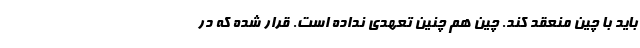
باید با چین منعقد کند. چین هم چنین تعهدی نداده است. قرار شده که در